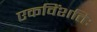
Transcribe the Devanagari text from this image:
एकविंशतिः